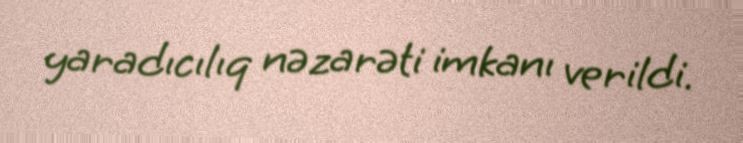
yaradıcılıq nəzarəti imkanı verildi.